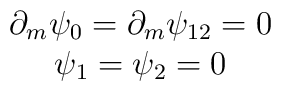
\begin{array}{c}\partial_m \psi_0=\partial_m \psi_{12}=0 \\\psi_1=\psi_2=0\end{array}